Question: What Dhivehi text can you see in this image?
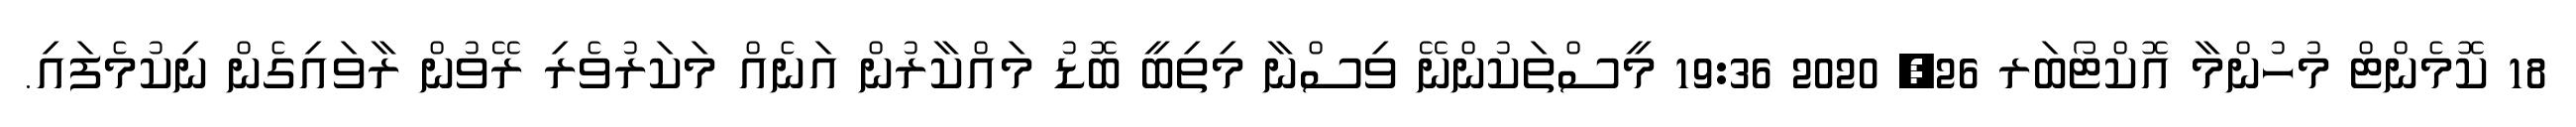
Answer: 18 ކޮމެންޓް މުހުންމާ އޮކްޓޯބަރ 26, 2020 19:36 މީސްތަކުންނޭ ވިސްނާ މިތިބީ ބޮޑު މައްކާރުން އަނެއް މަކަރުވެރި ރޭވުން ރާވައިގެން ނިކުމެފައި.